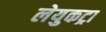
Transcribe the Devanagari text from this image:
लेयुकट्रा